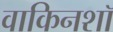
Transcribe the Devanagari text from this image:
वाकिनशॉ